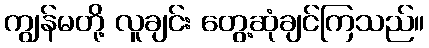
ကျွန်မတို့ လူချင်း တွေ့ဆုံချင်ကြသည်။